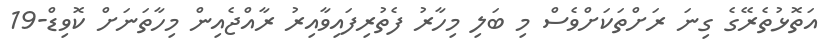
އަތޮޅުތެރޭގެ ގިނަ ރަށްތަކަށްވެސް މި ބަލި މިހާރު ފެތުރިފައިވާއިރު ރާއްޖެއިން މިހާތަނަށް ކޮވިޑް-19